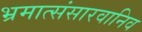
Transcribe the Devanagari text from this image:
भ्रमात्संसारवानिव